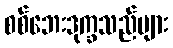
စစ်ဘေးဒုက္ခသည်များ